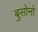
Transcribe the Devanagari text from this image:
बुसोनो